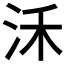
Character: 𣲲